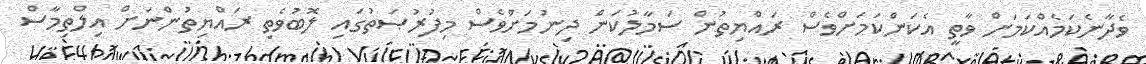
ވެދާނެކަމެއްކަމަށް ވާތީ އެކަންކަމަށްވެސް ރައްޔިތުން ސަމާލުކަން ދިނުމަށްވެސް މިފުރުޞަތުގައި ލޮބުވެތި ރައްޔިތުންނަށް އިލްތިމާސް